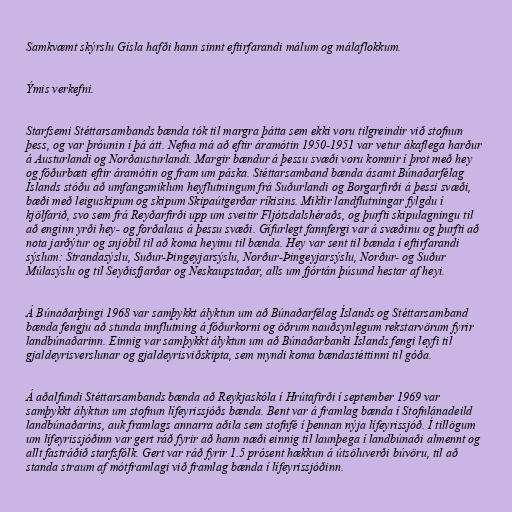
Samkvæmt skýrslu Gísla hafði hann sinnt eftirfarandi málum og málaflokkum.

Ýmis verkefni.

Starfsemi Stéttarsambands bænda tók til margra þátta sem ekki voru tilgreindir við stofnun
þess, og var þróunin í þá átt. Nefna má að eftir áramótin 1950-1951 var vetur ákaflega harður
á Austurlandi og Norðausturlandi. Margir bændur á þessu svæði voru komnir í þrot með hey
og fóðurbæti eftir áramótin og fram um páska. Stéttarsamband bænda ásamt Búnaðarfélag
Íslands stóðu að umfangsmiklum heyflutningum frá Suðurlandi og Borgarfirði á þessi svæði,
bæði með leiguskipum og skipum Skipaútgerðar ríkisins. Miklir landflutningar fylgdu í
kjölfarið, svo sem frá Reyðarfirði upp um sveitir Fljótsdalshéraðs, og þurfti skipulagningu til
að enginn yrði hey- og forðalaus á þessu svæði. Gífurlegt fannfergi var á svæðinu og þurfti að
nota jarðýtur og snjóbíl til að koma heyinu til bænda. Hey var sent til bænda í eftirfarandi
sýslum: Strandasýslu, Suður-Þingeyjarsýslu, Norður-Þingeyjarsýslu, Norður- og Suður
Múlasýslu og til Seyðisfjarðar og Neskaupstaðar, alls um fjórtán þúsund hestar af heyi.

Á Búnaðarþingi 1968 var samþykkt ályktun um að Búnaðarfélag Íslands og Stéttarsamband
bænda fengju að stunda innflutning á fóðurkorni og öðrum nauðsynlegum rekstarvörum fyrir
landbúnaðarinn. Einnig var samþykkt ályktun um að Búnaðarbanki Íslands fengi leyfi til
gjaldeyrisverslunar og gjaldeyrisviðskipta, sem myndi koma bændastéttinni til góða.

Á aðalfundi Stéttarsambands bænda að Reykjaskóla í Hrútafirði í september 1969 var
samþykkt ályktun um stofnun lífeyrissjóðs bænda. Bent var á framlag bænda í Stofnlánadeild
landbúnaðarins, auk framlags annarra aðila sem stofnfé í þennan nýja lífeyrissjóð. Í tillögum
um lífeyrissjóðinn var gert ráð fyrir að hann næði einnig til launþega í landbúnaði almennt og
allt fastráðið starfsfólk. Gert var ráð fyrir 1.5 prósent hækkun á útsöluverði búvöru, til að
standa straum af mótframlagi við framlag bænda í lífeyrissjóðinn.